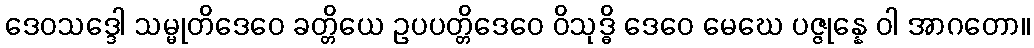
ဒေဝသဒ္ဒေါ သမ္မုတိဒေဝေ ခတ္တိယေ ဥပပတ္တိဒေဝေ ဝိသုဒ္ဓိ ဒေဝေ မေဃေ ပဇ္ဇုန္နေ ဝါ အာဂတော။